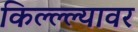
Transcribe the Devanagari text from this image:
किल्ल्ल्यावर